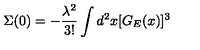
\Sigma ( 0 ) = - \frac { { \lambda } ^ { 2 } } { 3 ! } \int d ^ { 2 } x [ G _ { E } ( x ) ] ^ { 3 }